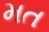
મત